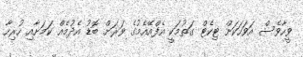
ވީހާވެސް އަވަހަކަށް ޓިކެޓް ގަތުމަކީ އެފްއޭއެމުގެ ވަރަށް ބޮޑު އެދުމެއް ކަމަށާއި ހުރިހާ